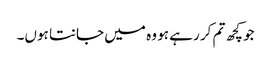
جو کچھ تم کر رہے ہو وہ میں جانتا ہوں۔